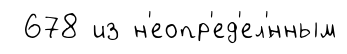
678 из н'еопр'ед'ел'́нным